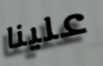
علينا